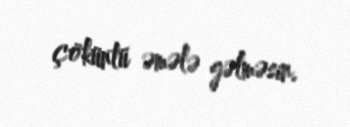
çöküntü əmələ gəlməsin.